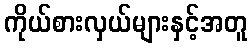
ကိုယ်စားလှယ်များနှင့်အတူ